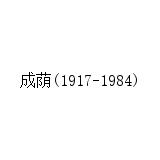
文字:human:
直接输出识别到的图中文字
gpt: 成荫(1917-1984)